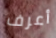
أعرف